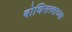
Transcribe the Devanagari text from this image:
बोधिसत्त्वाच्या